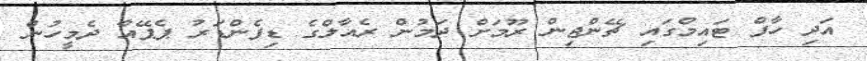
އަދި ހާފް ޓައިމްގައި ޗޭންޖިން ރޫމަށް ދަމުން ރެއާލްގެ ޑިފެންޑަރު ޕެޕޭއާ ދެމީހުން